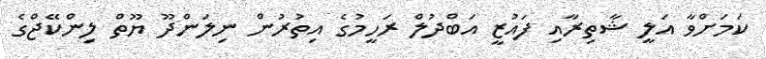
ކަމަށްވާ އަލީ ޝާތިރާއި ފައުޒީ އަބްދުލް ރަހީމުގެ އިތުރުން ނިލަންދޫ ޔޫތް ލިންކޭޖްގެ